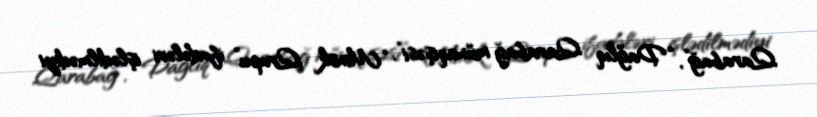
Qarabağ”, “Dağlıq Qarabağ münaqişəsi”, “Minsk Qrupu” ifadələri işlədilmədiyi